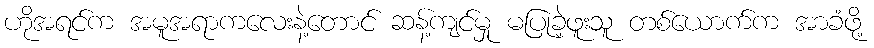
ဟိုအရင်က အမူအရာကလေးနဲ့တောင် ဆန့်ကျင်မှု မပြုခဲ့ဖူးသူ တစ်ယောက်က အာခံဖို့